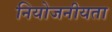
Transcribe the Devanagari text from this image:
नियोजनीयता